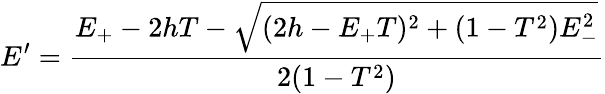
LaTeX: E^{\prime}=\frac{E_{+}-2hT-\sqrt{(2h-E_{+}T)^{2}+(1-T^{2})E_{-}^{2}}}{2(1-T^{2})}